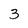
Character: 3